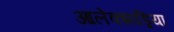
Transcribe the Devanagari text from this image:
आलेक्झांड्रिया